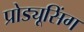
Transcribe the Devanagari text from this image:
प्रोड्यूसिंग